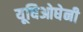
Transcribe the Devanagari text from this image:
यूघिओघेनी